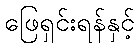
ဖြေရှင်းရန်နှင့်